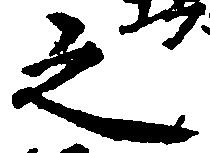
之